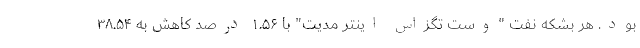
بود. هر بشکه نفت "وست تگزاس اینتر مدیت" با ۱.۵۶ درصد کاهش به ۳۸.۵۴